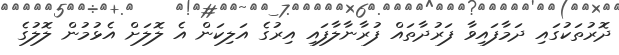
ދޮރުތަކުގައި ދަމާފައިވާ ފަރުދާތައް ފުރާނާލާފައި އިރުގެ އަލިކަން އެ ލޮލަށް އެޅުމުން ލޮލުގެ